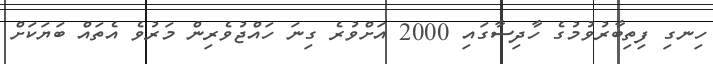
ހިނގި ފިތިބާރުވުމުގެ ހާދިސާގައި 2000 އަށްވުރެ ގިނަ ހައްޖުވެރިން މަރުވެ އެތައް ބަޔަކަށް